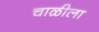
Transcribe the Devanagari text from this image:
चाळीला